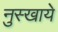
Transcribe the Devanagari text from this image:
नुस्खाये